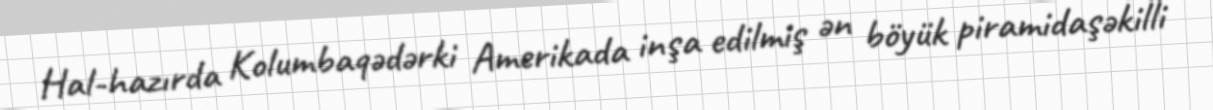
Hal-hazırda Kolumbaqədərki Amerikada inşa edilmiş ən böyük piramidaşəkilli